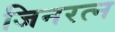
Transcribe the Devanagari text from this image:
जिनरत्न